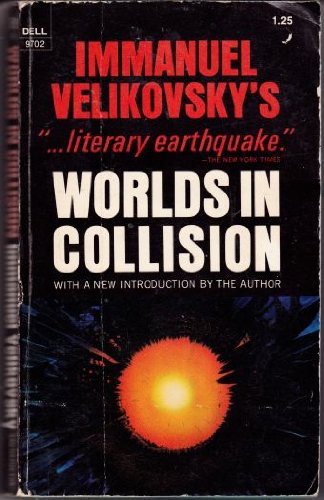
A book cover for Worlds in Collision; Immanuel Velikovsky; Science & Math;